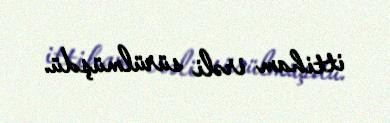
ittiham irəli sürülmüşdü.